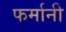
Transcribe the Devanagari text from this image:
फर्मानी